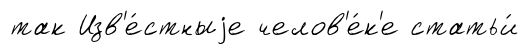
так Изв'е́стныjе челов'е́к'е статьи́